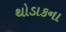
થોડાકના